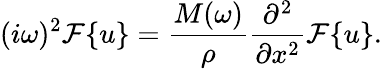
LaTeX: (i\omega)^{2}\mathcal{F}\{ u\} =\frac{M(\omega)}{\rho}\frac{\partial^{2}}{\partial x^{2}}\mathcal{F}\{ u\} .